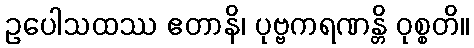
ဥပေါသထဿ ဧတာနိ၊ ပုဗ္ဗကရဏန္တိ ဝုစ္စတိ။